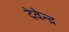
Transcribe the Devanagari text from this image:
देवेेन्द्र